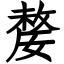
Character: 嫠